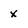
Character: x